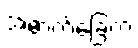
အောက်ခြေက